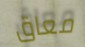
معاق